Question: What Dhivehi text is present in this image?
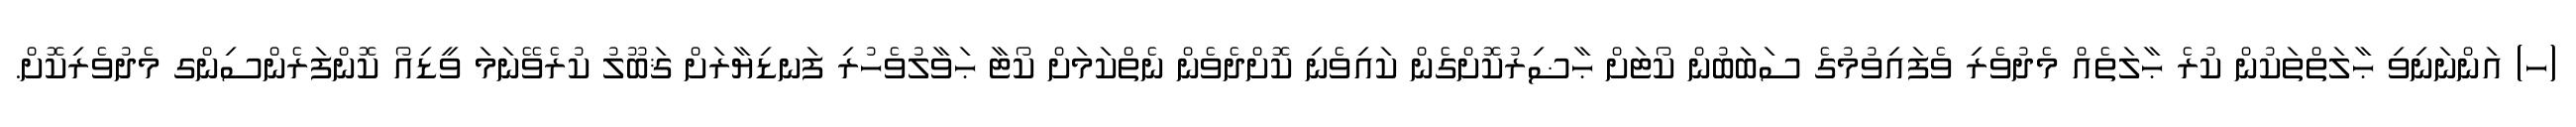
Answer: (ހ) އަންނަނިވި ޙާލަތްތަކުން ކުރެ ޙާލަތެއް މެދުވެރި ވެފައިވުމުގެ ސަބަބުން ކޯޓަށް ޙާޟިރުކޮށްގެން ކައިވެނި ކޮށްދެވެން ނެތްކަމަށް ކޯޓާ ޙަވާލުވެހުރި ފަނޑިޔާރަށް ޤަބޫލު ކުރެވޭނަމަ ވީޑިއޯ ކޮންފަރެންސިންގ މެދުވެރިކޮށް.